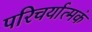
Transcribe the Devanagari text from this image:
परिचर्यात्मकं